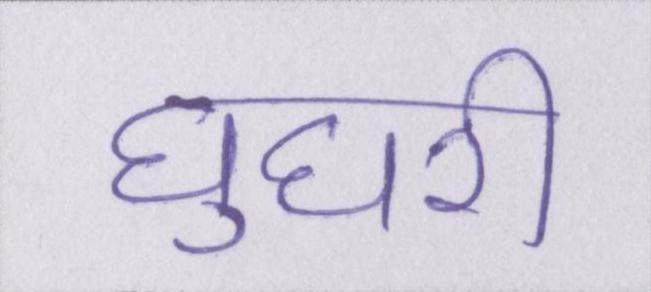
घुघरी